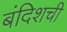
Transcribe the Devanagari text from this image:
बंदिशची